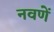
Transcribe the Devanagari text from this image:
नवणें